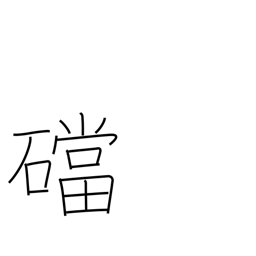
Meaning: base